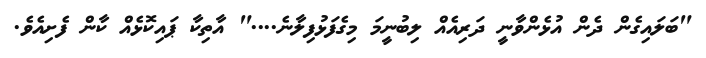
"ބަލައިގެން ދެން އުޅެންވާނީ ދަރިއެއް ލިބުނީމަ މިގެފަޅުފިލާނެ...." އާތިކާ ޕައިކޮޅެއް ކާން ފެށިއެވެ.